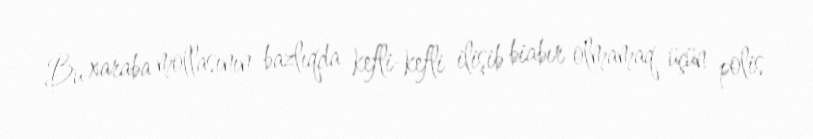
Bu xaraba mollasının bazlıqda kefli-kefli ilişib biabır olmamaq üçün polis